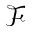
\mathcal { F }